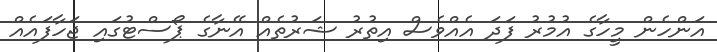
އަންހެެން މީހާގެ އުމުުރު ފަދަ އެެއްވެސް އިތުުރު ޝަރުތެއް އޭނާގެ ޕޯސްޓުގައި ޖަހާފައެއް